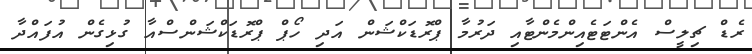
ރެޑް ޗިލީސް އެންޓަޓެއިންމެންޓާއި ދަރުމާ ޕްރޮޑަކްޝަން އަދި ހޯޕް ޕްރޮޑަކްޝަންސްއާ ގުޅިގެން އުފައްދާ